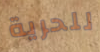
للحرية